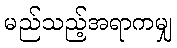
မည်သည့်အရာကမျှ